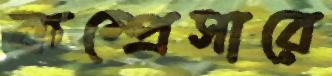
কম্প্রেসারে